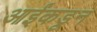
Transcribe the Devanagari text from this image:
आईंकडून